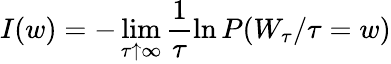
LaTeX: I(w)=-\operatorname*{lim}_{\tau\uparrow\infty}\frac{1}{\tau}\ln P(W_{\tau}/\tau=w)